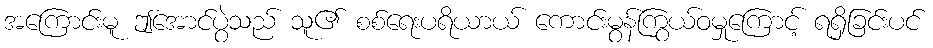
အကြောင်းမူ ဤအောင်ပွဲသည် သူ၏ စစ်ရေးပရိယာယ် ကောင်းမွန်ကြွယ်ဝမှုကြောင့် ရရှိခြင်းပင်